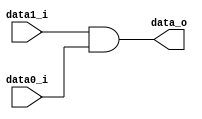
//Writer:     0510513 
module And(
               data0_i,
               data1_i,
               data_o
               );

parameter size = 0;			   
			
//I/O ports               
input    data0_i;          
input    data1_i;
output   data_o; 

//Internal Signals
reg      data_o;

//Main function
always @(data0_i or data1_i) begin
    data_o<=data1_i&data0_i;
end

endmodule